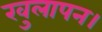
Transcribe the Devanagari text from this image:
खुलापन।